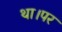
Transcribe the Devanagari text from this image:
था।पर